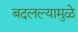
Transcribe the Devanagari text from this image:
बदलल्यामुळे